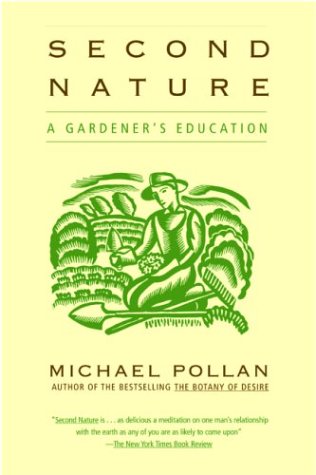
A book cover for Second Nature: A Gardener's Education; Michael Pollan; Crafts, Hobbies & Home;